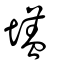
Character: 壒